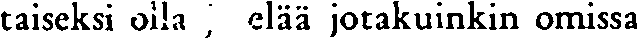
taiseksi olla , elää jotakuinkin omissa